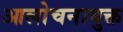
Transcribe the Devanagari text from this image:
आलोचनायुक्त